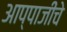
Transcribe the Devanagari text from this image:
आप्पाजींचे